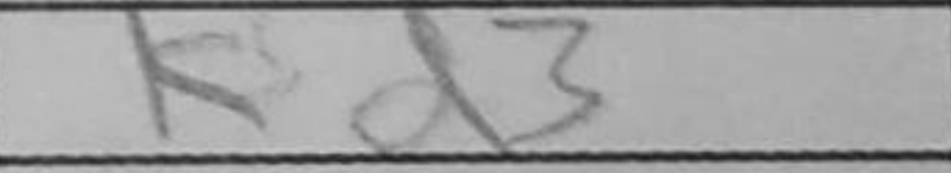
Transcription: Kd3